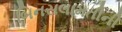
બિનસલામતીની